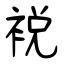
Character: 裞